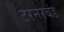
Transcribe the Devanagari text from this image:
टरनरबंड